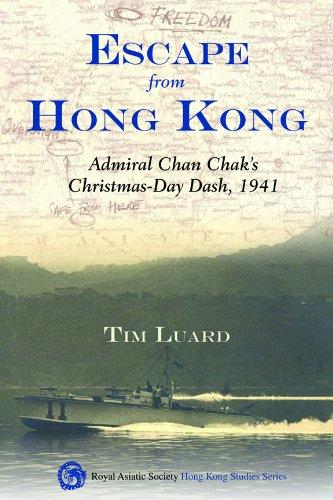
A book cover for Escape from Hong Kong: Admiral Chan Chak's Christmas Day Dash, 1941; Tim Luard; History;